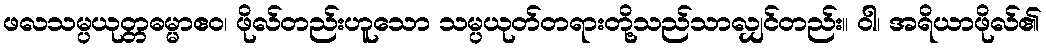
ဖလသမ္ပယုတ္တဓမ္မာဧဝ၊ ဖိုလ်တည်းဟူသော သမ္ပယုတ်တရားတို့သည်သာလျှင်တည်း။ ဝါ၊ အရိယာဖိုလ်၏